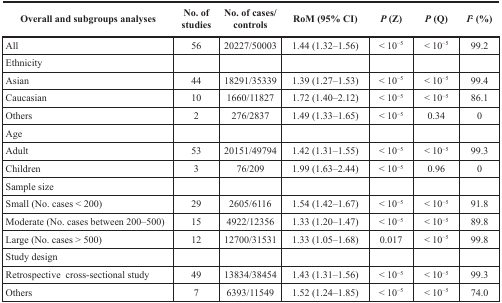
<table><thead><tr><td><b>Overall and subgroups analyses</b></td><td><b>No. of studies</b></td><td><b>No. of cases/controls</b></td><td><b>RoM (95% CI)</b></td><td><b><i>P</i> (Z)</b></td><td><b><i>P</i> (Q)</b></td><td><b><i>I</i><sup>2</sup> (%)</b></td></tr></thead><tbody><tr><td>All</td><td>56</td><td>20227/50003</td><td>1.44 (1.32–1.56)</td><td>&lt; 10<sup>−5</sup></td><td>&lt; 10<sup>−5</sup></td><td>99.2</td></tr><tr><td>Ethnicity</td><td></td><td></td><td></td><td></td><td></td><td></td></tr><tr><td>Asian</td><td>44</td><td>18291/35339</td><td>1.39 (1.27–1.53)</td><td>&lt; 10<sup>−5</sup></td><td>&lt; 10<sup>−5</sup></td><td>99.4</td></tr><tr><td>Caucasian</td><td>10</td><td>1660/11827</td><td>1.72 (1.40–2.12)</td><td>&lt; 10<sup>−5</sup></td><td>&lt; 10<sup>−5</sup></td><td>86.1</td></tr><tr><td>Others</td><td>2</td><td>276/2837</td><td>1.49 (1.33–1.65)</td><td>&lt; 10<sup>−5</sup></td><td>0.34</td><td>0</td></tr><tr><td>Age</td><td></td><td></td><td></td><td></td><td></td><td></td></tr><tr><td>Adult</td><td>53</td><td>20151/49794</td><td>1.42 (1.31–1.55)</td><td>&lt; 10<sup>−5</sup></td><td>&lt; 10<sup>−5</sup></td><td>99.3</td></tr><tr><td>Children</td><td>3</td><td>76/209</td><td>1.99 (1.63–2.44)</td><td>&lt; 10<sup>−5</sup></td><td>0.96</td><td>0</td></tr><tr><td>Sample size</td><td></td><td></td><td></td><td></td><td></td><td></td></tr><tr><td>Small (No. cases &lt; 200)</td><td>29</td><td>2605/6116</td><td>1.54 (1.42–1.67)</td><td>&lt; 10<sup>−5</sup></td><td>&lt; 10<sup>−5</sup></td><td>91.8</td></tr><tr><td>Moderate (No. cases between 200–500)</td><td>15</td><td>4922/12356</td><td>1.33 (1.20–1.47)</td><td>&lt; 10<sup>−5</sup></td><td>&lt; 10<sup>−5</sup></td><td>89.8</td></tr><tr><td>Large (No. cases &gt; 500)</td><td>12</td><td>12700/31531</td><td>1.33 (1.05–1.68)</td><td>0.017</td><td>&lt; 10<sup>−5</sup></td><td>99.8</td></tr><tr><td>Study design</td><td></td><td></td><td></td><td></td><td></td><td></td></tr><tr><td>Retrospective cross-sectional study</td><td>49</td><td>13834/38454</td><td>1.43 (1.31–1.56)</td><td>&lt; 10<sup>−5</sup></td><td>&lt; 10<sup>−5</sup></td><td>99.3</td></tr><tr><td>Others</td><td>7</td><td>6393/11549</td><td>1.52 (1.24–1.85)</td><td>&lt; 10<sup>−5</sup></td><td>&lt; 10<sup>−5</sup></td><td>74.0</td></tr></tbody></table>